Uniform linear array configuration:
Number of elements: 32
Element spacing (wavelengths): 0.5
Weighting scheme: binomial
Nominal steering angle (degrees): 60
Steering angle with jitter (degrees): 59.278
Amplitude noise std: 0.05
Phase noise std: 0.05

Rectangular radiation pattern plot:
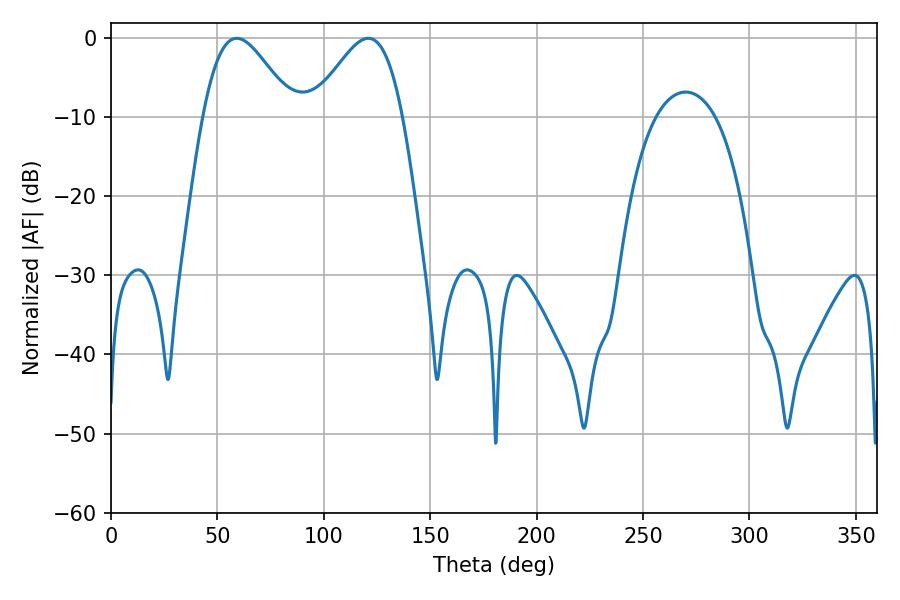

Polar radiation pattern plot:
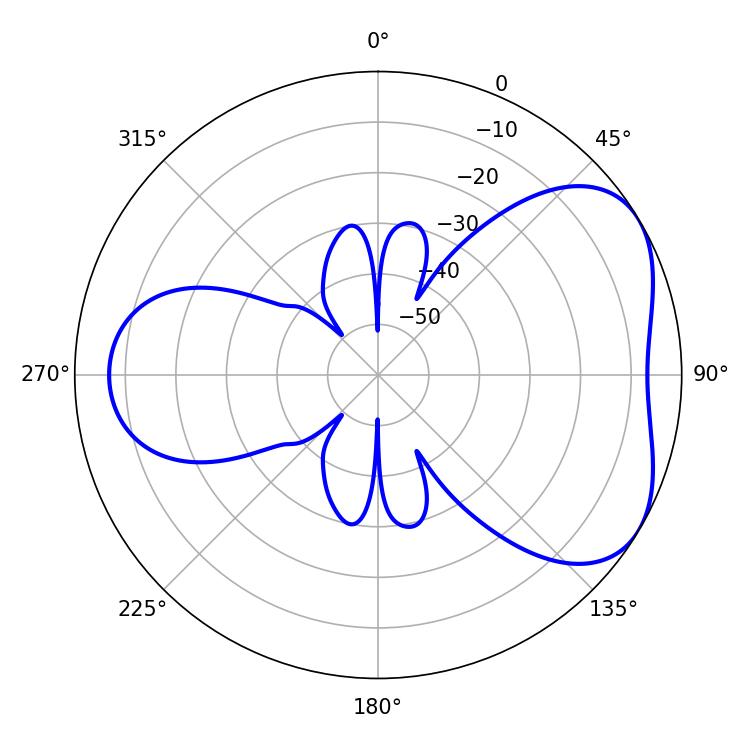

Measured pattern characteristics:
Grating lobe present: FALSE
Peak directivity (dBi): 4.679
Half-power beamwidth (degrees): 22.5
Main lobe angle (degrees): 59.04